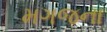
મગજના